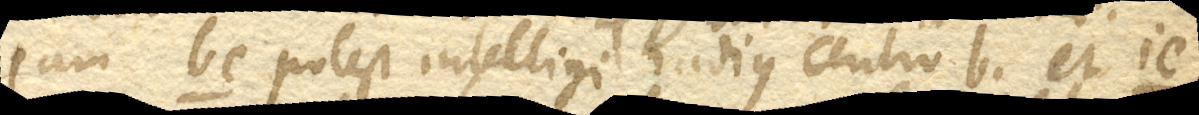
Jam bc. potest intelligi radius centro b. et ic.